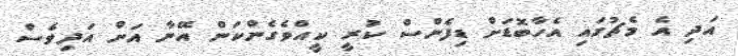
އަދި އެ މެޗުގައި އެހާބޮޑަށް ޑިފެންސް ކުރީ ކީއްވެެގެންކަން އޭނާ އަށް އަދިވެސް